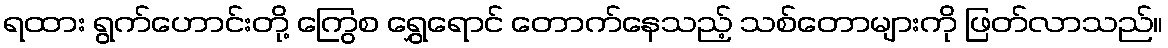
ရထား ရွက်ဟောင်းတို့ ကြွေစ ရွှေရောင် တောက်နေသည့် သစ်တောများကို ဖြတ်လာသည်။